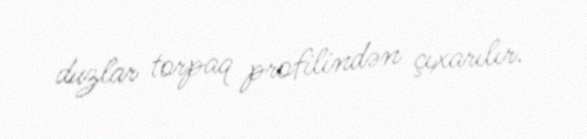
duzlar torpaq profilindən çıxarılır.